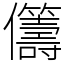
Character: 𠑥